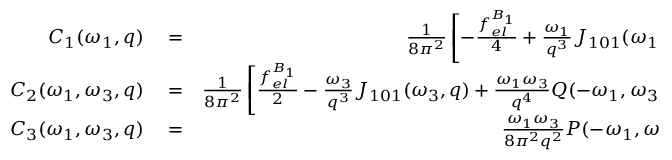
\begin{array} { r l r } { { \cal C } _ { 1 } ( \omega _ { 1 } , q ) } & { { } = } & { \frac { 1 } { 8 \pi ^ { 2 } } \left[ - \frac { f _ { e l } ^ { B _ { 1 } } } { 4 } + \frac { \omega _ { 1 } } { q ^ { 3 } } { \cal J } _ { 1 0 1 } ( \omega _ { 1 } , q ) \right] , } \\ { { \cal C } _ { 2 } ( \omega _ { 1 } , \omega _ { 3 } , { q } ) } & { { } = } & { \frac { 1 } { 8 \pi ^ { 2 } } \left[ \frac { f _ { e l } ^ { B _ { 1 } } } { 2 } - \frac { \omega _ { 3 } } { q ^ { 3 } } { \cal J } _ { 1 0 1 } ( \omega _ { 3 } , q ) + \frac { \omega _ { 1 } \omega _ { 3 } } { q ^ { 4 } } { \cal Q } ( - \omega _ { 1 } , \omega _ { 3 } , { q } ) \right] , } \\ { { \cal C } _ { 3 } ( \omega _ { 1 } , \omega _ { 3 } , { q } ) } & { { } = } & { \frac { \omega _ { 1 } \omega _ { 3 } } { 8 \pi ^ { 2 } q ^ { 2 } } { \cal P } ( - \omega _ { 1 } , \omega _ { 3 } , { q } ) . } \end{array}